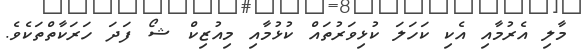
މާލި އެރުމާއި އެކި ކަހަލަ ކުޅިވަރުތައް ކުޅުމާއި މިއުޒިކް ޝޯ ފަދަ ހަރަކާތްތަކެވެ.